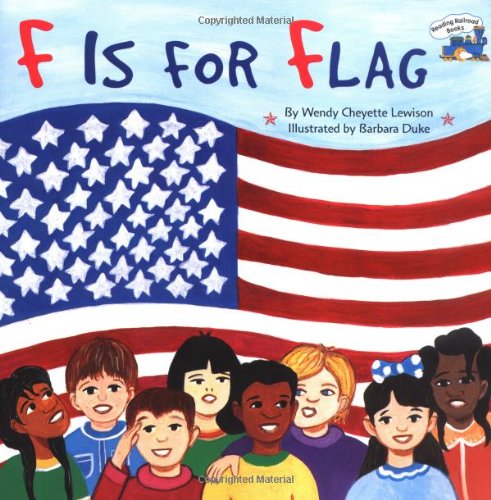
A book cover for F Is for Flag (Reading Railroad); Wendy Cheyette Lewison; Children's Books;